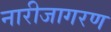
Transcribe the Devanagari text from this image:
नारीजागरण